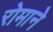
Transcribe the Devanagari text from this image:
रोमाने